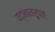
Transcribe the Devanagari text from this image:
यद्भानरूपतः